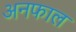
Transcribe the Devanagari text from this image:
अनफाल